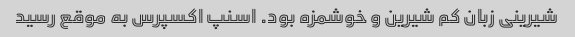
شیرینی زبان کم شیرین و خوشمزه بود. اسنپ اکسپرس به موقع رسید